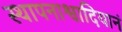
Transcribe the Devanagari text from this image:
स्थापनाश्वादियानं